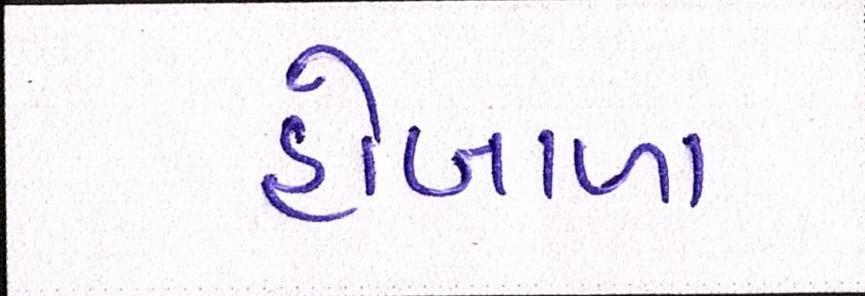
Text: હોબાળા